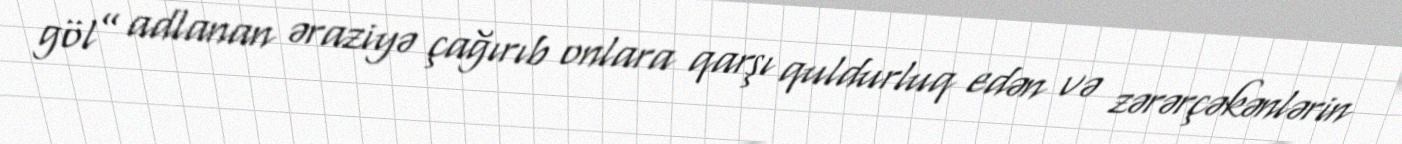
göl” adlanan əraziyə çağırıb onlara qarşı quldurluq edən və zərərçəkənlərin